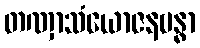
တဏှာသံယောဇနဗန္ဓာ